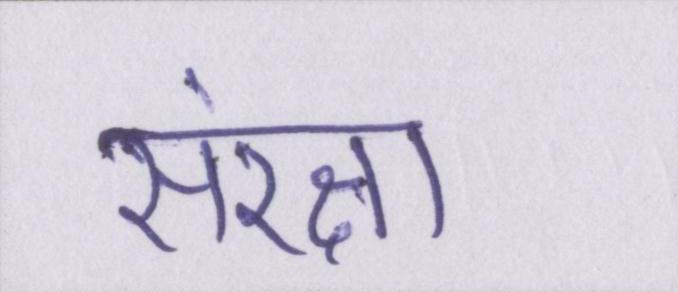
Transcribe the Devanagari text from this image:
संरक्षा